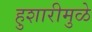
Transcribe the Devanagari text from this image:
हुशारीमुळे